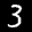
Label: 3